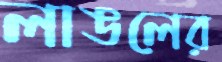
লাঙলের